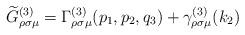
LaTeX: \begin{align*}\widetilde{G}_{\rho \sigma \mu }^{(3)}=\Gamma _{\rho \sigma \mu}^{(3)}(p_1,p_2,q_3)+\gamma _{\rho \sigma \mu }^{(3)}(k_2)\end{align*}